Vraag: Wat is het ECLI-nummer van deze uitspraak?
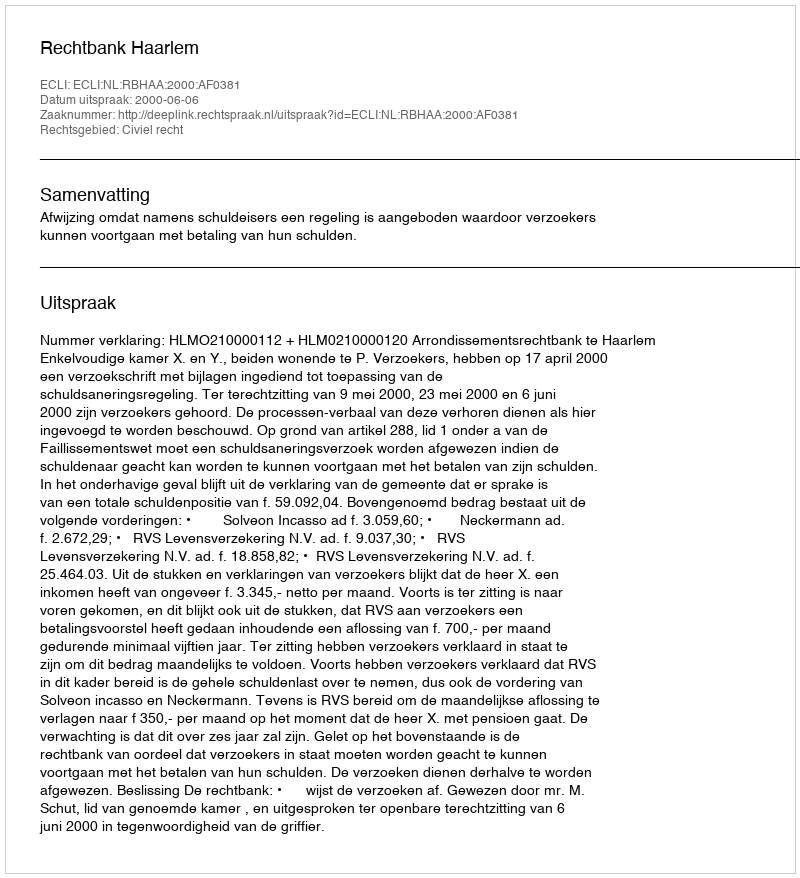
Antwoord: ECLI:NL:RBHAA:2000:AF0381